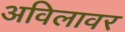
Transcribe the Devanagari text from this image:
अविलावर